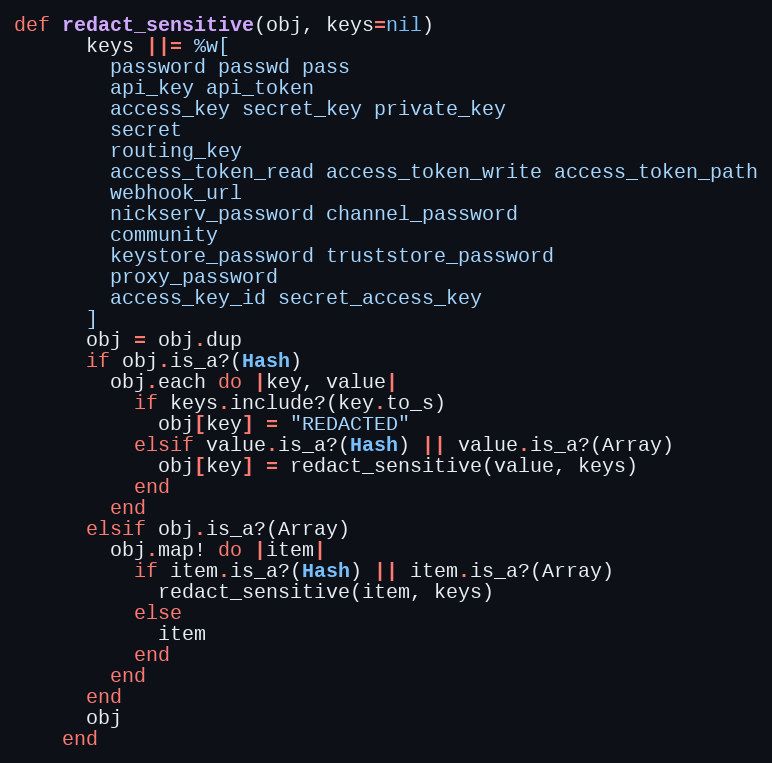
Language: Ruby
def redact_sensitive(obj, keys=nil)
      keys ||= %w[
        password passwd pass
        api_key api_token
        access_key secret_key private_key
        secret
        routing_key
        access_token_read access_token_write access_token_path
        webhook_url
        nickserv_password channel_password
        community
        keystore_password truststore_password
        proxy_password
        access_key_id secret_access_key
      ]
      obj = obj.dup
      if obj.is_a?(Hash)
        obj.each do |key, value|
          if keys.include?(key.to_s)
            obj[key] = "REDACTED"
          elsif value.is_a?(Hash) || value.is_a?(Array)
            obj[key] = redact_sensitive(value, keys)
          end
        end
      elsif obj.is_a?(Array)
        obj.map! do |item|
          if item.is_a?(Hash) || item.is_a?(Array)
            redact_sensitive(item, keys)
          else
            item
          end
        end
      end
      obj
    end